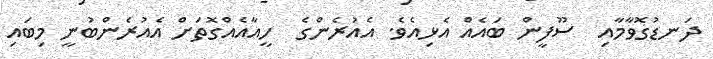
ދަނޑުގޮވާމާއި  ސޫޫފީން ބައެއް އެޅިއެވެ. އެއުރެންގެ  ހީއާއެއްގޮތަށް އެއުރެންބުނީ މިބައި